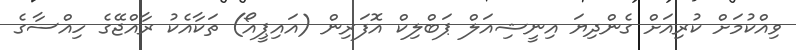
ވިއްކުމަށް ކުރިއަށް ގެންދިޔަ އިނީޝިއަލް ޕަބްލިކް އޮފަރިން (އައިޕީއޯ) ތަކާއެކު ރާއްޖޭގެ ހިއްސާގެ